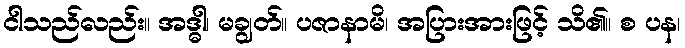
ငါသည်လည်း။ အဒ္ဓါ၊ မချွတ်။ ပဇာနာမိ၊ အပြားအားဖြင့် သိ၏။ စ ပန၊